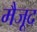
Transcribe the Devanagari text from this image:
मैजूद